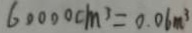
6 0 0 0 0 c m ^ { 3 } = 0 . 0 6 m ^ { 3 }